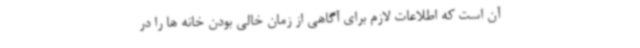
آن است که اطلاعات لازم برای آگاهی از زمان خالی بودن خانه ها را در